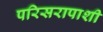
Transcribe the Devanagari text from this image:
परिसरापाशी